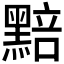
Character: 𮮚